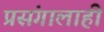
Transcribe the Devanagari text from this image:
प्रसंगालाही